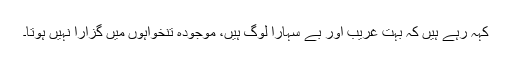
کہہ رہے ہیں کہ بہت غریب اور بے سہارا لوگ ہیں، موجودہ تنخواہوں میں گزارا نہیں ہوتا۔